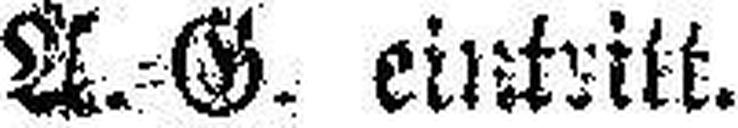
A.=G. eintritt.